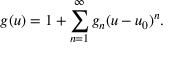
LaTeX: g ( u ) = 1 + \sum _ { n = 1 } ^ { \infty } g _ { n } ( u - u _ { 0 } ) ^ { n } .